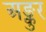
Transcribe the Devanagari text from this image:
अङ्कुर